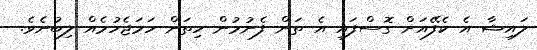
ލައިޝާ އެ ކެފޭއަށް ގޮސްފައި އެ ތަން ފެނުމުން ހިތަށް ހަމަޖެހުމެއް ލިބުނެވެ.